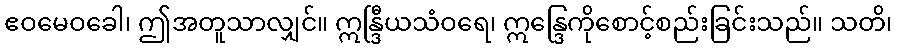
ဧဝမေဝခေါ၊ ဤအတူသာလျှင်။ ဣန္ဒြီယသံဝရေ၊ ဣန္ဒြေကိုစောင့်စည်းခြင်းသည်။ သတိ၊